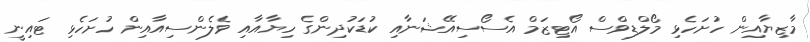
މާޒިޔާއިން ހުށަހެޅި މޯލްޑިވްސް އޯޓިޒަމް އެސޯސިއޭޝަނާއި ކުޑަކުދިންގެ ހިޔާއާއި ވެލެންސިއާއިން ހުށަހެޅި ޓައިނީ